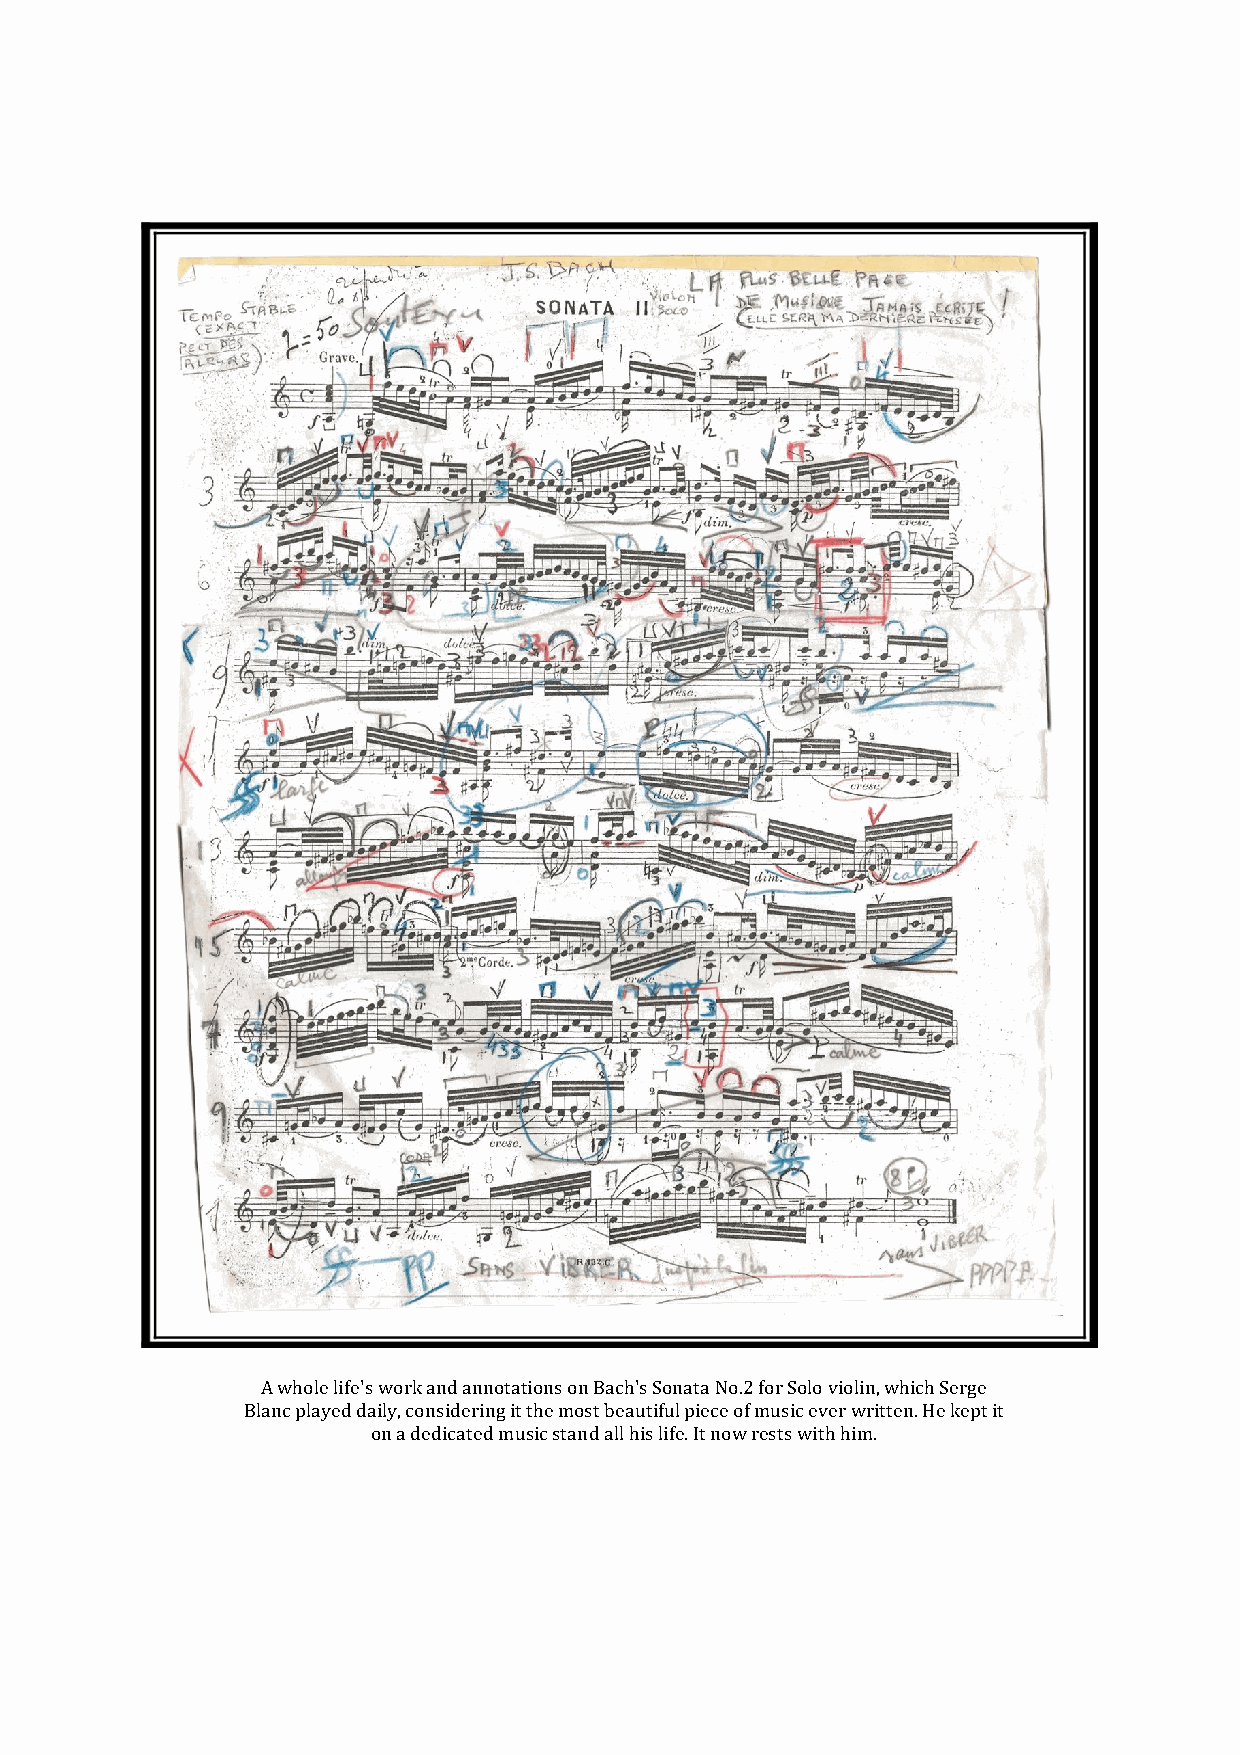
A whole life's work and annotations on Bach's Sonata No.2 for Solo violin, which Serge
 Blanc played daily, considering it the most beautiful piece of music ever written. He kept it
 on a dedicated music stand all his life. It now rests with him.